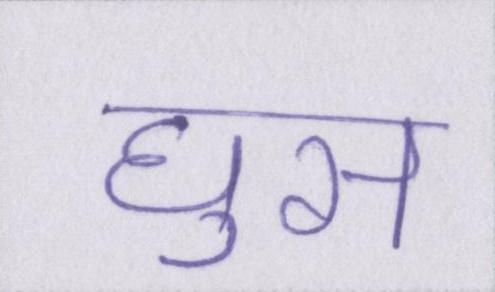
घुस